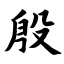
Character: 殷